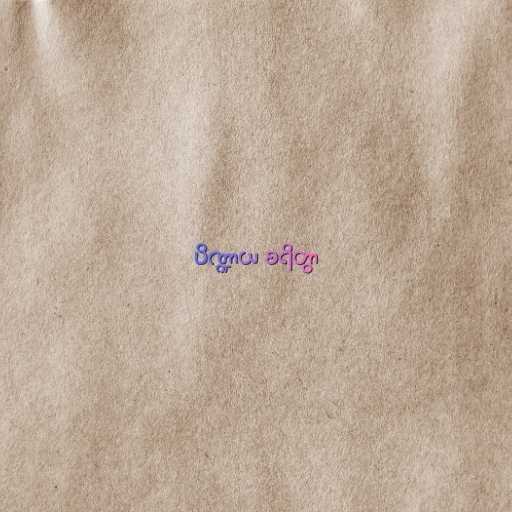
ပိဏ္ဍာယ စရိတွာ